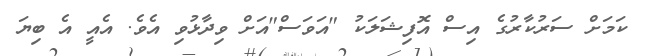
ކަމަށް ސަރުކާރުގެ އިސް އޮފިޝަލަކު "އަވަސް"އަށް ވިދާޅުވި އެވެ. އެއީ އެ ބިޔަ